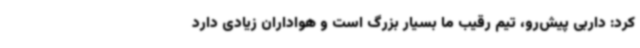
کرد: داربی پیش‌رو، تیم رقیب ما بسیار بزرگ است و هواداران زیادی دارد